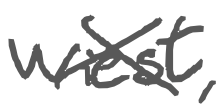
Text: Wiest,
Cross-out: cross
Writing tool: digital_gray